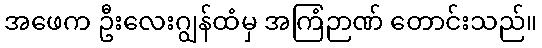
အဖေက ဦးလေးဂျွန်ထံမှ အကြံဉာဏ် တောင်းသည်။